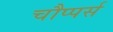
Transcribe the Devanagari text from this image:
चौप्पर्स